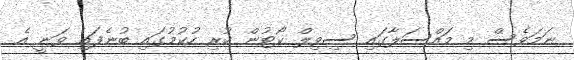
ނަމަވެސް މި މައްސަލާގައި ސިވިލް ކޯޓުން ކުރި ހުކުމުގައި ބުނެފައި ވަނީ އެ